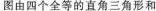
图由四个全等的直角三角形和